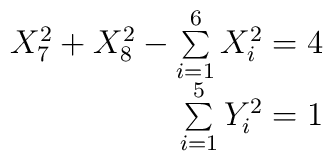
\begin{array}{r}X_7^2+X_8^2-\sum\limits_{i=1}^6 X_i^2=4\\\sum\limits_{i=1}^5 Y_i^2=1\end{array}